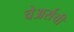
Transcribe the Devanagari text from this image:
चेअर्सची